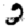
Digit: 2